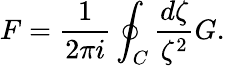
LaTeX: F=\frac{1}{2\pi i}\oint_{C}\frac{d\zeta}{\zeta^{2}}G.